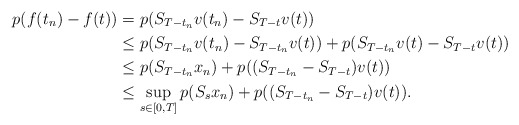
\begin{align*} p(f(t_{n})-f(t))&=p(S_{T-t_{n}}v(t_{n})-S_{T-t}v(t))\\&\leq p(S_{T-t_{n}}v(t_{n})-S_{{T}-t_{n}}v(t))+p(S_{T-t_{n}}v(t)-S_{T-t}v(t))\\&\leq p(S_{T-t_{n}}x_{n})+p((S_{T-t_{n}}-S_{T-t})v(t))\\&\leq \sup_{s\in[0,T]} p(S_{s}x_{n})+p((S_{T-t_{n}}-S_{T-t})v(t)).\end{align*}